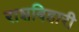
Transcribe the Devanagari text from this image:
राशबिहारी